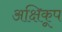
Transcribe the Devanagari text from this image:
अक्षिकूप